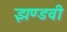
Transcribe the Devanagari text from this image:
झण्डवी